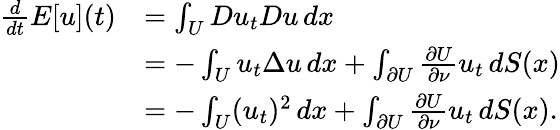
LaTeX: \begin{array}{rl}{\frac{d}{dt}E[u](t)}&{=\int_{U}Du_{t}Du\, dx}\\ &{=-\int_{U}u_{t}\Delta u\, dx+\int_{\partial U}\frac{\partial U}{\partial\nu}u_{t}\, dS(x)}\\ &{=-\int_{U}(u_{t})^{2}\, dx+\int_{\partial U}\frac{\partial U}{\partial\nu}u_{t}\, dS(x).}\end{array}